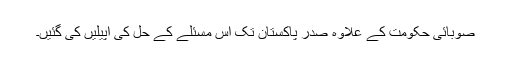
صوبائی حکومت کے علاوہ صدر پاکستان تک اس مسئلے کے حل کی اپیلیں کی گئیں۔